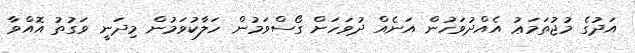
އަދުގެ މުޖުތަމަޢު އެއްދުވަހުން އަނެއް ދުވަހަށް ގޯސްވަމުން ހަލާކުވަމުން މިދަނީ ވަގުތު އޮއްވާ